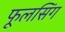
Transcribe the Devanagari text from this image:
फूलसिंग